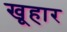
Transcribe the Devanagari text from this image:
खूहार